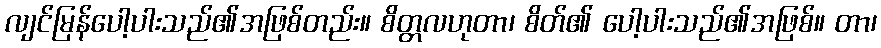
လျင်မြန်ပေါ့ပါးသည်၏အဖြစ်တည်း။ စိတ္တလဟုတာ၊ စိတ်၏ ပေါ့ပါးသည်၏အဖြစ်။ တာ၊